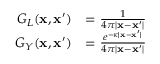
\begin{array} { r l } { G _ { L } ( \mathbf { x } , \mathbf { x } ^ { \prime } ) } & { = \frac { 1 } { 4 \pi | \mathbf { x } - \mathbf { x } ^ { \prime } | } } \\ { G _ { Y } ( \mathbf { x } , \mathbf { x } ^ { \prime } ) } & { = \frac { e ^ { - \kappa | \mathbf { x } - \mathbf { x } ^ { \prime } | } } { 4 \pi | \mathbf { x } - \mathbf { x } ^ { \prime } | } } \end{array}